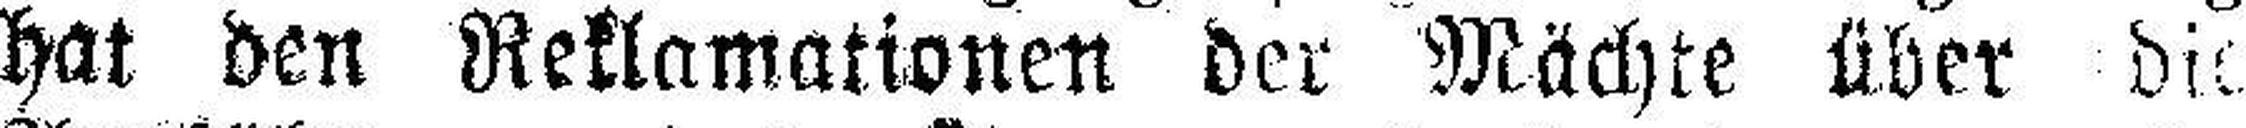
hat den Reklamationen der Mächte über die